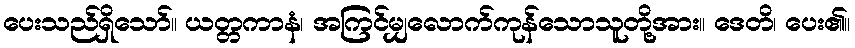
ပေးသည်ရှိသော်။ ယတ္တကာနံ၊ အကြင်မျှလောက်ကုန်သောသူတို့အား။ ဒေတိ၊ ပေး၏။